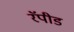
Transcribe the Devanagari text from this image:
रॅपीड